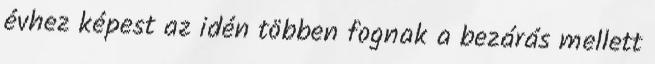
évhez képest az idén többen fognak a bezárás mellett